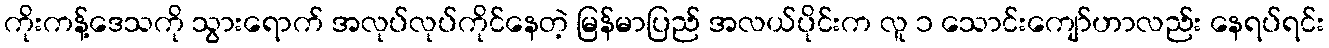
ကိုးကန့်ဒေသကို သွားရောက် အလုပ်လုပ်ကိုင်နေတဲ့ မြန်မာပြည် အလယ်ပိုင်းက လူ ၁ သောင်းကျော်ဟာလည်း နေရပ်ရင်း